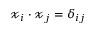
\boldsymbol { \mathscr { x } } _ { i } \cdot \boldsymbol { \mathscr { x } } _ { j } = \delta _ { i j }